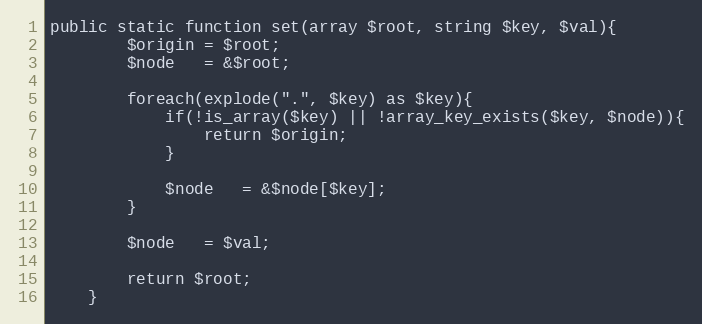
Language: PHP
public static function set(array $root, string $key, $val){
        $origin = $root;
        $node   = &$root;

        foreach(explode(".", $key) as $key){
            if(!is_array($key) || !array_key_exists($key, $node)){
                return $origin;
            }

            $node   = &$node[$key];
        }

        $node   = $val;

        return $root;
    }